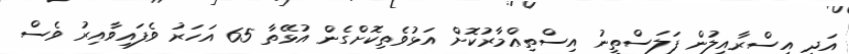
އަދި އިސްރާއީލުން ފަލަސްތީނު އިސްތިޢްމާރުކޮށް އަޅުވެތިކޮށްގެން އުޅޭތާ 65 އަހަރު ވެފައިވާއިރު ވެސް